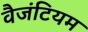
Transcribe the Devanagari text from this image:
वैजंटियम